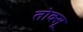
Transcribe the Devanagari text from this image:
तोक्सू